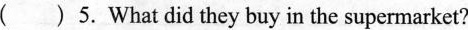
( )5. What did they buy in the supermarket?